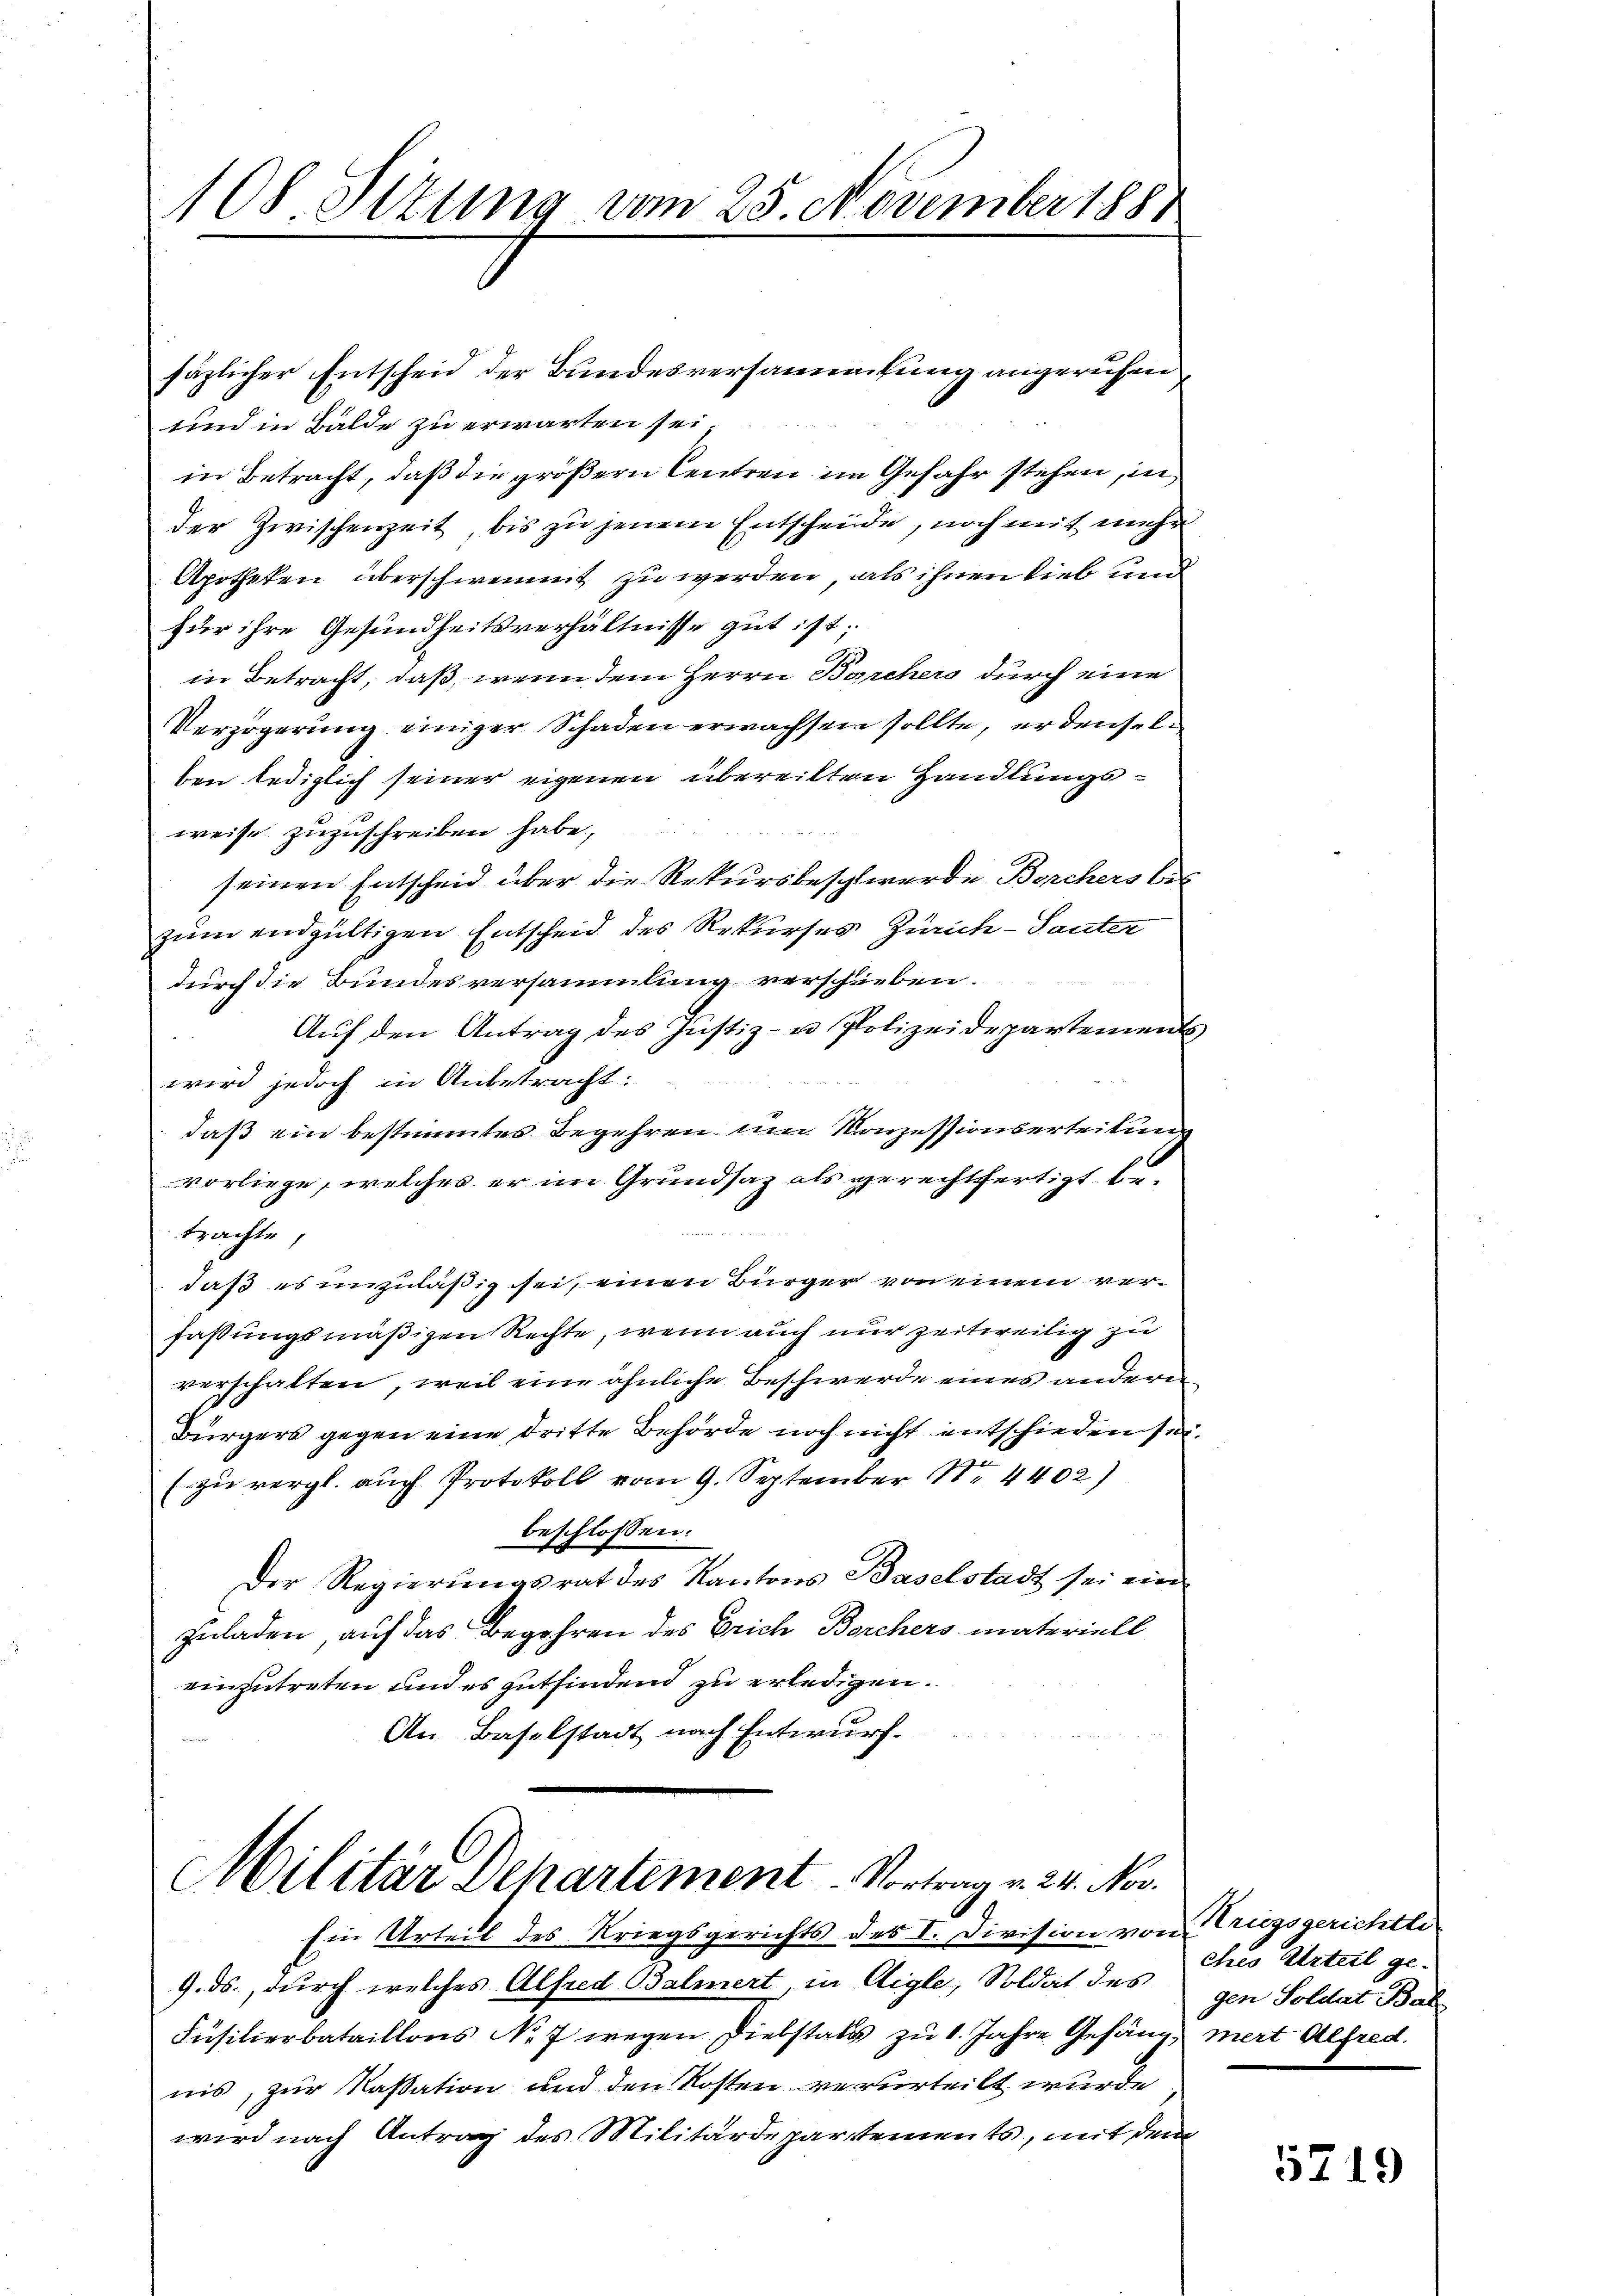
108. Situng vom 25. November 1888

täglicher Entscheid der Bundesversammlung angerufen,
und in Bälde zu erwarten sei
in Betracht, daß die größern Centreu im Gefahr stehen, in
der Zwischenzeit, bis zu jenem Entscheide, noch mit mehr
Apotheken überschwemmt zu werden, als ihnen lieb und
für ihre Gesundheitsverhältnisse gut ist;
in Betracht, daß, wenn dem Herrn Barchers durch eine
Verzögerung einiger Schaden erwachsen sollte, er denselben lediglich seiner eigenen übereilten Handlungsweise zuzuschreiben habe,
seinen Entscheid über die Rekursbeschwerde Borchers bes
zum endgültigen Entscheid des Rekurses Zürich-Sauter
durch die Bundesversammlung verschieben.
Auf den Antrag des Justiz- u Polizeidepartement
wird jedoch in Anbetracht:
daß ein bestimmtes Begehren um Konzessionserteitung
vorliege, welches er im Grundsaz als gerechtfertigt betrachte,
daß es unzuläßig sei, einen Bürger von einem verfassungsmäßigen Rechte, wenn auch nur zeitweilig zu
verschalten, weil eine ähnliche Beschwerde eines anderen
Bürgers gegen eine dritte Behörde noch nicht entschieden sei.
(zu vergl. auch Protokoll vom 9. September No 4402)
beschlossen:
Der Regierungsrat des Kantons Baselstadt sei ein
zuladen, auf das Begehren des Erich Barchers materiell
einzutreten und es gutfindend zu erledigen.
An Baselstadt nach Entwurf.

Militär Departement - Vortrag v. 24. Nov.

Ein Urteil des Kriegsgerichts des I. Division von Kriegsgerichtli
9. ds., durch welches Alfred Balmert, in Aigle, Soldat des gen Soldat Bal
Füsilierbataillons No 7 wegen Diebstals zu 1. Jahre Gefäng, mert Alfred.
nis, zur Kassation und den Kosten verurteilt wurde
wird nach Antrag des Militärdepartements, mit dem

ches Urteil ge¬

5719